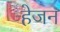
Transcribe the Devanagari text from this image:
हेजन